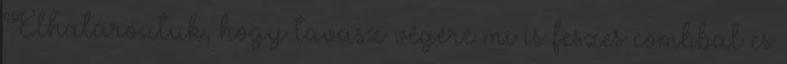
Elhatároztuk, hogy tavasz végére mi is feszes combbal és